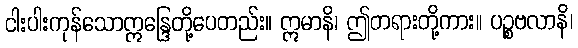
ငါးပါးကုန်သောဣန္ဒြေတို့ပေတည်း။ ဣမာနိ၊ ဤတရားတို့ကား။ ပဉ္စဗလာနိ၊